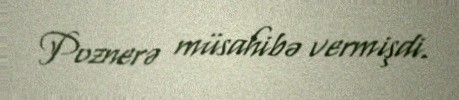
Poznerə müsahibə vermişdi.